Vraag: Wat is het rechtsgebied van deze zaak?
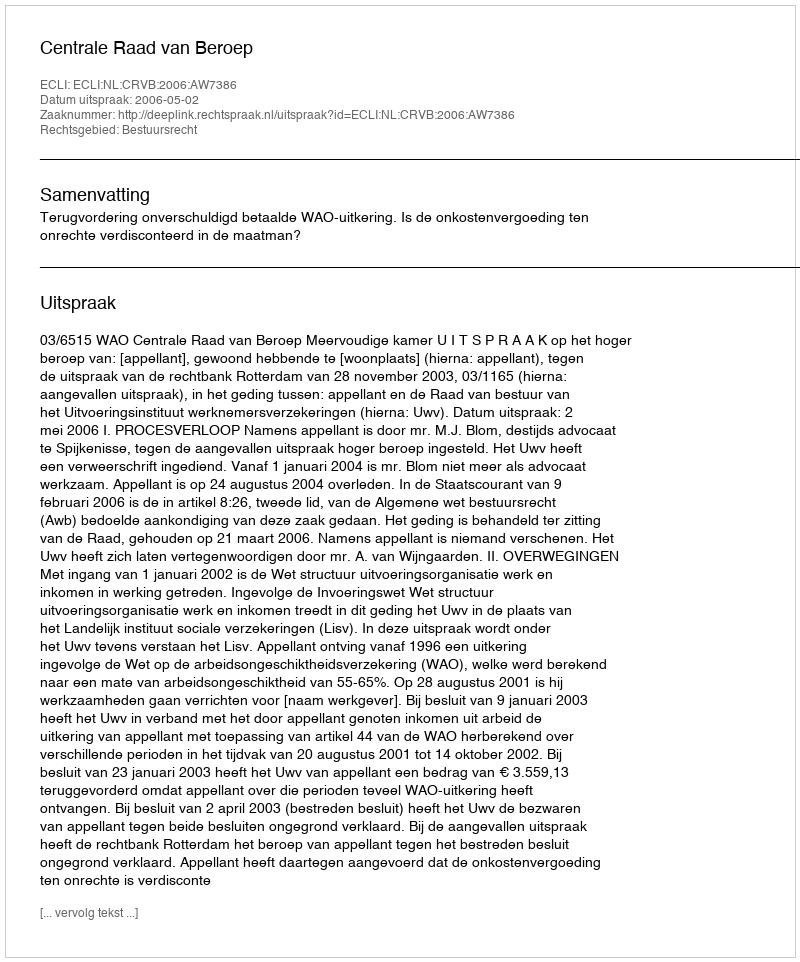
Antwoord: Bestuursrecht